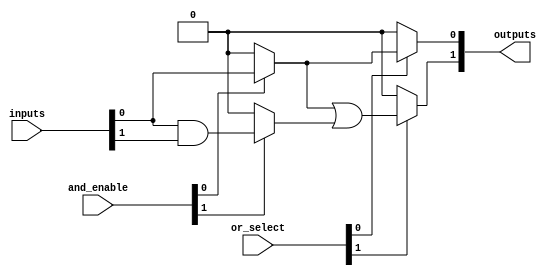
module clb #(parameter NUM_INPUTS = 4, // Number of inputs
             parameter NUM_OUTPUTS = 2, // Number of outputs
             parameter NUM_AND_GATES = 8, // Number of AND gates
             parameter NUM_OR_GATES = 2) // Number of OR gates
(
    input  wire [NUM_INPUTS-1:0]  inputs,         // Input signals
    input  wire [NUM_AND_GATES-1:0] and_enable,    // AND gate enable signals (selects which AND gates are active)
    input  wire [NUM_OR_GATES-1:0] or_select,      // OR gate selection signals (selects which terms to use)
    output wire [NUM_OUTPUTS-1:0] outputs           // Output signals
);

// Internal signals for AND gates
wire [NUM_AND_GATES-1:0] and_out;

// Generate the AND gates
genvar i;
generate
    for (i = 0; i < NUM_AND_GATES; i = i + 1) begin: and_gates
        assign and_out[i] = and_enable[i] ? 
            (inputs[0] & (i[0] ? inputs[1] : 1'b1) & 
                       (i[1] ? inputs[2] : 1'b1) & 
                       (i[2] ? inputs[3] : 1'b1)) : 1'b0; // Example of programmable AND
    end
endgenerate

// Internal signals for OR gates
wire [NUM_OUTPUTS-1:0] or_out;

// Generate the OR gates
generate
    for (i = 0; i < NUM_OUTPUTS; i = i + 1) begin: or_gates
        assign or_out[i] = or_select[i] ?
            (and_out[0] | (i[0] ? and_out[1] : 1'b0) |
             (i[1] ? and_out[2] : 1'b0)) : 1'b0; // Example of programmable OR
    end
endgenerate

// Assign the output signals
assign outputs = or_out;

endmodule